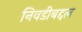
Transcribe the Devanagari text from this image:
निवडीबद्दल